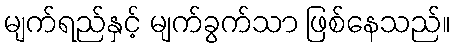
မျက်ရည်နှင့် မျက်ခွက်သာ ဖြစ်နေသည်။